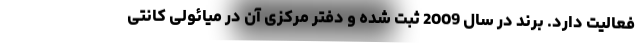
فعالیت دارد. برند در سال 2009 ثبت شده و دفتر مرکزی آن در میائولی کانتی